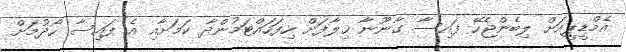
އެމްޑީޕީއަށް ލިބެންޖެހޭ ފައިސާ ގާނޫނާ ޚިލާފަށް ހިފަހައްޓަމުންދާ ކަމަށާއި އެ ފައިސާ ހޯދުމަށް